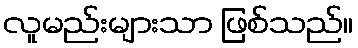
လူမည်းများသာ ဖြစ်သည်။